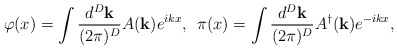
\begin{align*}\varphi(x)=\int \frac{d^D \mathbf{k}}{(2\pi)^D} A(\mathbf{k}) e^{ikx},\hspace{0.2cm}\pi(x)=\int \frac{d^D \mathbf{k}}{(2\pi)^D} A^\dagger(\mathbf{k}) e^{-ikx},\end{align*}